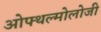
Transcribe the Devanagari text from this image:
ओफ्थल्मोलोजी